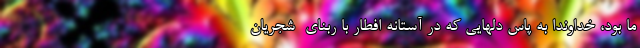
ما بود، خداوندا به پاس دلهایی که در آستانه افطار با ربّنای  شجریان